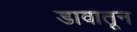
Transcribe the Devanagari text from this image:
डावातून